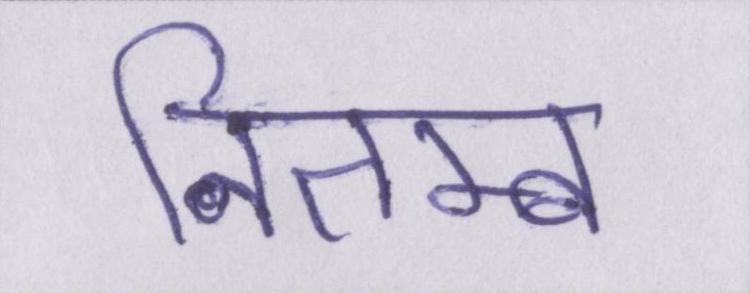
नितम्ब